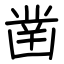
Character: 凿